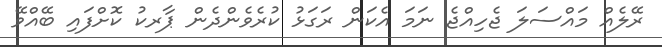
ރޭލެއް މައްސަލަ ޖެހިއްޖެ ނަމަ އެކަން ރަގަޅު ކުރެވެންދެން ޕާރކު ކޮށްފައި ބޭއްވޭ